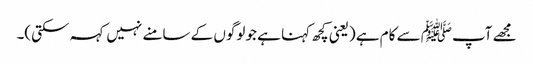
مجھے آپﷺ سے کام ہے (یعنی کچھ کہنا ہے جو لوگوں کے سامنے نہیں کہہ سکتی)۔